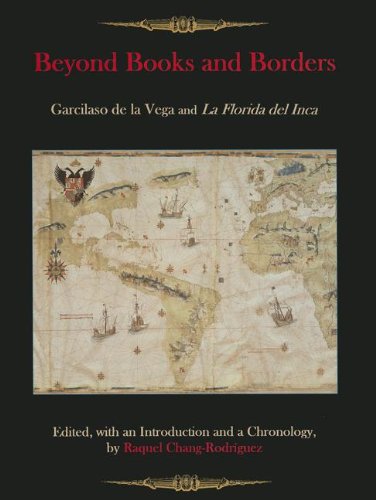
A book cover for Beyond Books and Borders: Garcilaso de la Vega and La Florida del Inca; History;